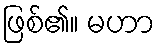
ဖြစ်၏။ မဟာ